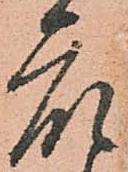
衆